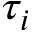
\tau _ { i }